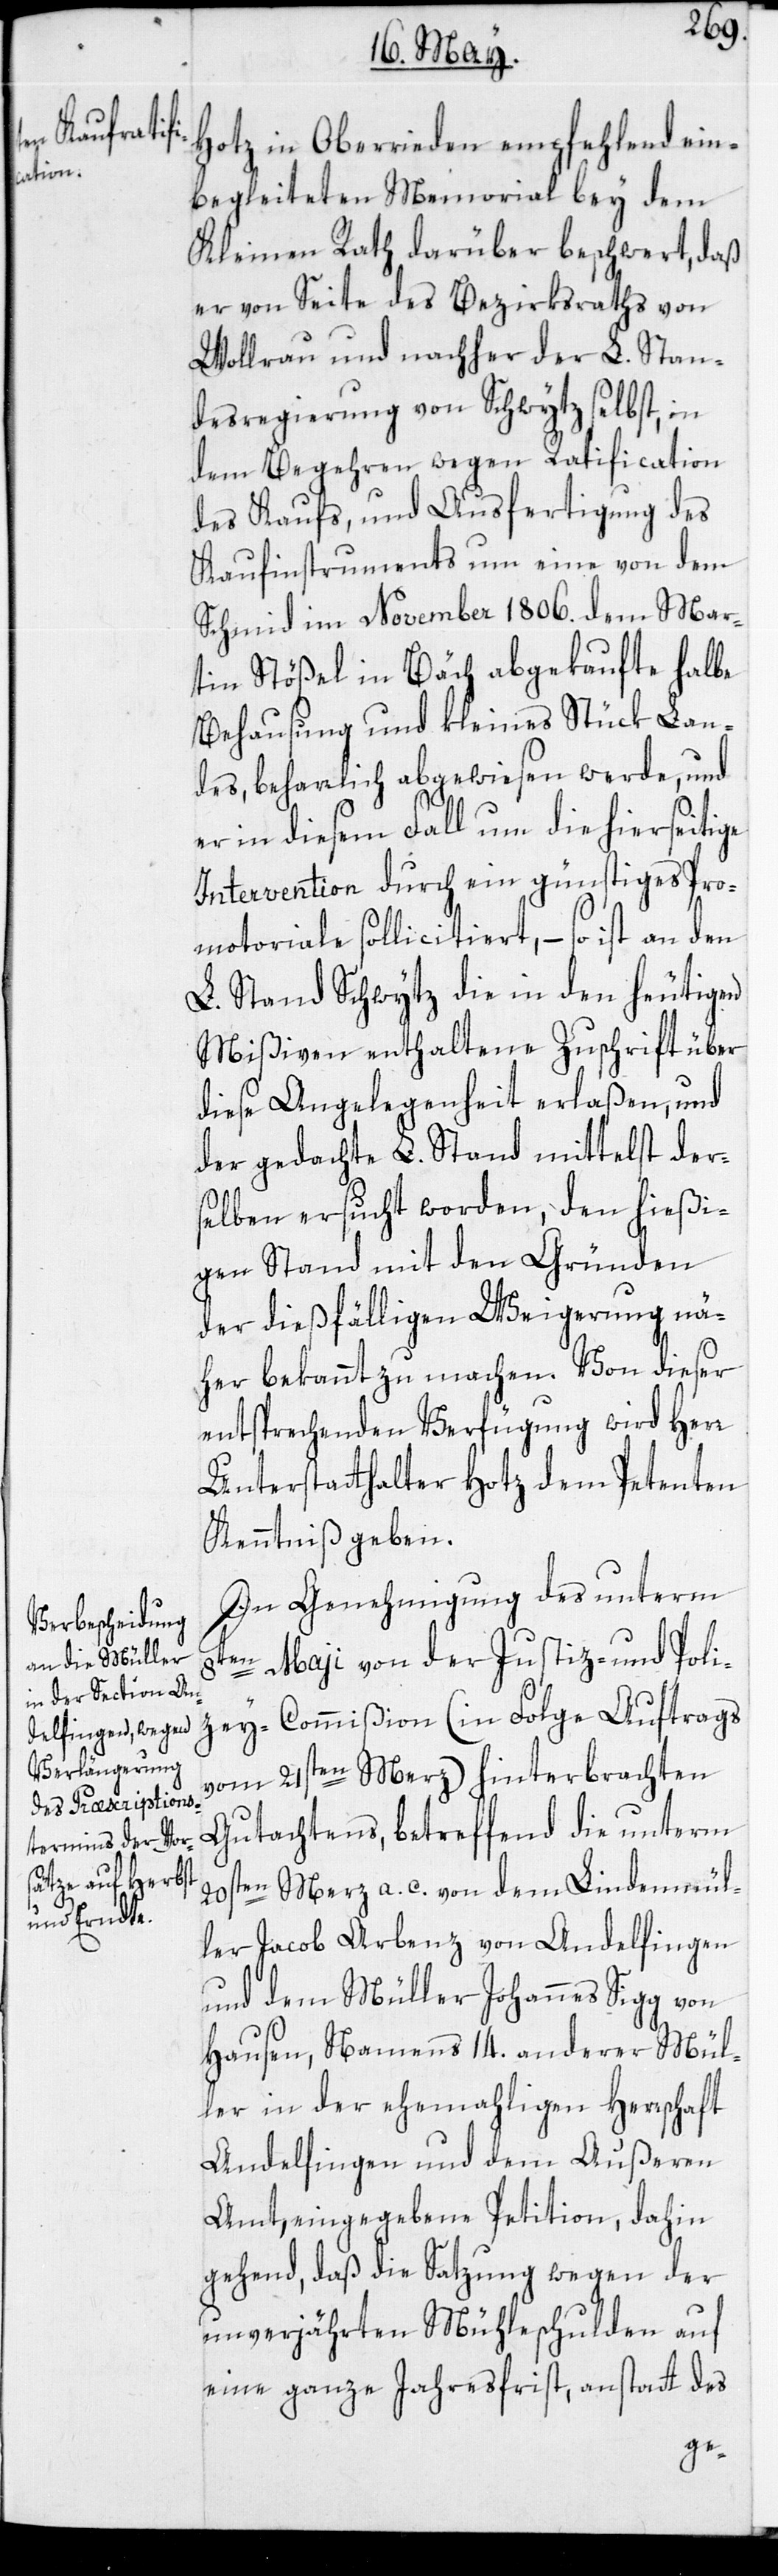
Hotz in Oberrieden empfehlend ein¬
begleiteten Memorial bey dem
Kleinen Rath darüber beschwert, daß
er von Seite des Bezirksraths von
Wollrau und nachher der L. Stan¬
desregierung von Schwytz selbst, in
dem Begehren wegen Ratification
des Kaufs, und Ausfertigung des
Kaufinstruments um eine von dem
Schmid im November 1806. dem Mar¬
tin Stößel in Bäch abgekaufte halbe
Behausung und kleines Stück Lan¬
des, beharrlich abgewiesen werde, und
er in diesem Fall um die hierseitige
Intervention durch ein günstiges Pro¬
motoriale sollicitiert, – so ist an den
L. Stand Schwytz die in den heutigen
Mißiven enthaltene Zuschrift über
diese Angelegenheit erlaßen, und
der gedachte L. Stand mittelst der¬
selben ersucht worden, den hießi¬
gen Stand mit den Gründen
der dießfälligen Weigerung nä¬
her bekannt zu machen. Von dieser
entsprechenden Verfügung wird Herr
Unterstatthalter Hotz dem Petenten
Kenntniß geben.
In Genehmigung des unterm
8ten Maji von der Justiz- und Poli¬
zey-Commißion (in Folge Auftrags
vom 21sten Merz) hinterbrachten
Gutachtens, betreffend die unterm
20sten Merz a. c. von dem Lindenmül¬
ler Jacob Arbenz von Andelfingen
und dem Müller Johannes Sigg von
Hausen, Namens 14. anderer Mül¬
ler in der ehemahligen Herrschaft
Andelfingen und dem Außeren
Amt, eingegebene Petition, dahin
gehend, daß die Satzung wegen der
unverjährten Mühleschulden auf
eine ganze Jahresfrist, anstatt des